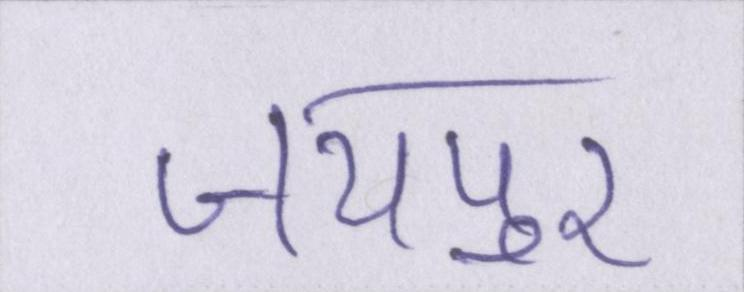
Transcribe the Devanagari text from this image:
जयपुर